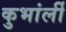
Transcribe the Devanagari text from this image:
कुभांर्ली